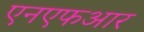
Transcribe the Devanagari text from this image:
एनएफआर